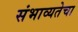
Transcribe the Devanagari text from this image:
संभाव्यतेचा